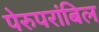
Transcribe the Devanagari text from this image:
पेरुपरांबिल